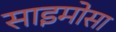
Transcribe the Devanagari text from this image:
साइमोसा